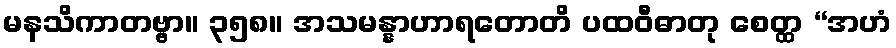
မနသိကာတဗ္ဗာ။ ၃၅၈။ အသမန္နာဟာရတောတိ ပထဝီဓာတု စေတ္ထ “အဟံ